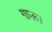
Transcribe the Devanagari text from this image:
गाऊ।